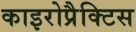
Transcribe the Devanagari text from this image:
काइरोप्रैक्टिस